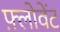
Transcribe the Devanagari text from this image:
फ़्लोवेंट